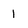
Character: 1